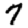
Digit: 7